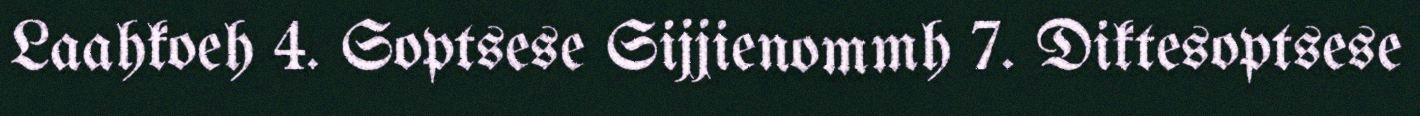
Laahkoeh 4. Soptsese Sijjienommh 7. Diktesoptsese